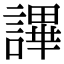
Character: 𧫤